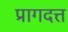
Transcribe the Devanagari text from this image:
प्रागदत्त